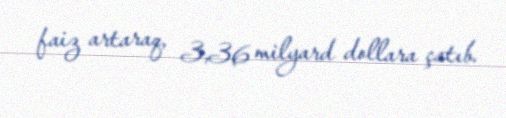
faiz artaraq, 3,36 milyard dollara çatıb.